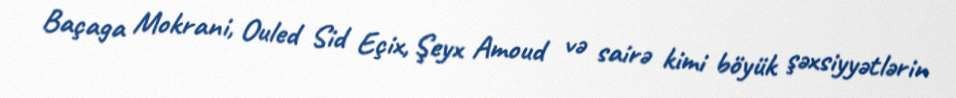
Baçaga Mokrani, Ouled Sid Eçix, Şeyx Amoud və sairə kimi böyük şəxsiyyətlərin